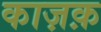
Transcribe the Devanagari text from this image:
काज़क़